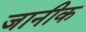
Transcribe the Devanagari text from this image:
जानीक